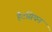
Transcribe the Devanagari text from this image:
हैटसियन